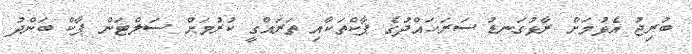
ބުރިޖު އެޅުމަށް ރާޅުގަނޑު ސަރަހައްދުގެ ޕާކްތަކާއި ތަރައްގީ ކުރުމަށް ސަލްޓަން ޕާކް ބަންދު